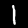
Digit: 1